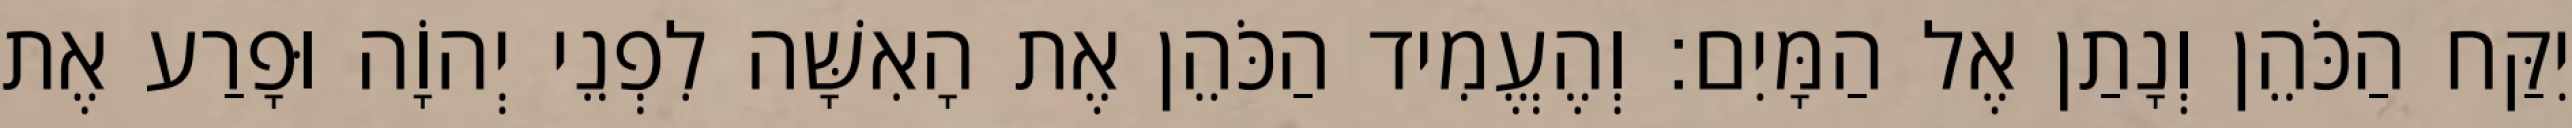
יִקַּח הַכֹּהֵן וְנָתַן אֶל הַמָּיִם׃ וְהֶעֱמִיד הַכֹּהֵן אֶת הָאִשָּׁה לִפְנֵי יְהוָֹה וּפָרַע אֶת